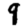
Digit: 9